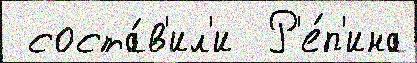
 соста́в'ил'и  Р'е́п'ина